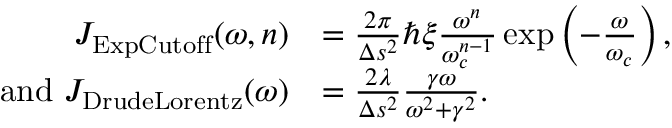
\begin{array} { r l } { J _ { \mathrm { E x p C u t o f f } } ( \omega , n ) } & { = \frac { 2 \pi } { \Delta s ^ { 2 } } \hbar \xi \frac { \omega ^ { n } } { \omega _ { c } ^ { n - 1 } } \exp \left( - \frac { \omega } { \omega _ { c } } \right) , } \\ { \mathrm { a n d ~ } J _ { \mathrm { D r u d e L o r e n t z } } ( \omega ) } & { = \frac { 2 \lambda } { \Delta s ^ { 2 } } \frac { \gamma \omega } { \omega ^ { 2 } + \gamma ^ { 2 } } . } \end{array}